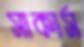
সাকার্স